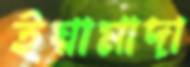
ইয়ামাদা